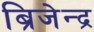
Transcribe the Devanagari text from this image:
ब्रिजेन्द्र